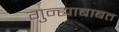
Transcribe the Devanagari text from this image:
गुन्ह्याबाबत